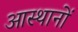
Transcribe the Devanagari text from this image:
आस्थानों